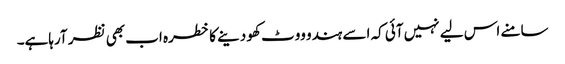
سامنے اس لیے نہیں آئی کہ اسے ہندو ووٹ کھو دینے کا خطرہ اب بھی نظر آرہاہے۔